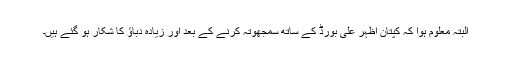
البتہ معلوم ہوا کہ کپتان اظہر علی بورڈ کے ساتھ سمجھوتہ کرنے کے بعد اور زیادہ دباؤ کا شکار ہو گئے ہیں۔